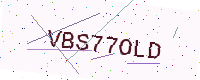
Text: VBS77OLD